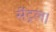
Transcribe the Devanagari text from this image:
सेंट्रल।